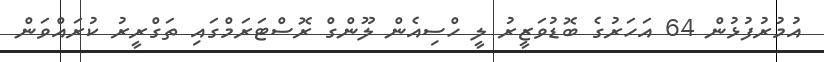
އުމުރުފުޅުން 64 އަހަރުގެ ބޮޑުވަޒީރު ލީ ހްސިއެން ލޫންގް ރޮސްޓަރަމްގައި ތަގްރީރު ކުރައްވަން